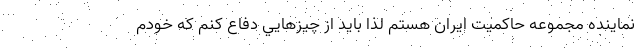
نماينده مجموعه حاكميت ايران هستم لذا بايد از چيزهايي دفاع كنم كه خودم